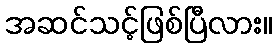
အဆင်သင့်ဖြစ်ပြီလား။